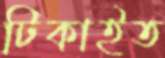
টিকাইত